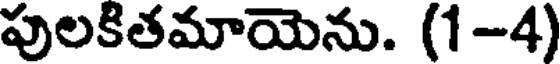
పులకితమాయెను. (1-4)